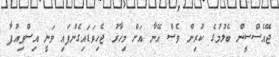
ޖޭއެސްސީން ބެލުމުގެ ކުރިން ވެސް އޭނާ އަށް މިހާރު ޖެހިވަޑައިގެންފައި ވަނީ އިސްތިއުފާ